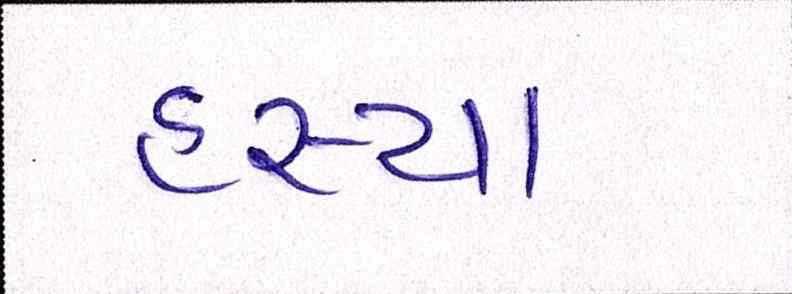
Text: હસ્યા